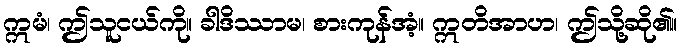
ဣမံ၊ ဤသူငယ်ကို။ ခါဒိဿာမ၊ စားကုန်အံ့။ ဣတိအာဟ၊ ဤသို့ဆို၏။